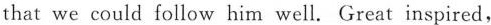
that we could follow him well. Great inspired,